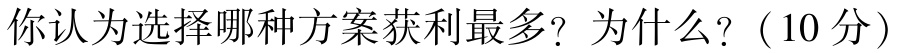
你认为选择哪种方案获利最多？为什么？（10分）